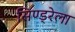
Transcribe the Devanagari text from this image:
सिण्ड्रेला